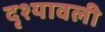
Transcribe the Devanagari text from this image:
दृश्‍यावली